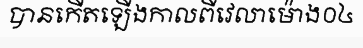
បានកើតឡើងកាលពីវេលាម៉ោង០៤